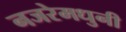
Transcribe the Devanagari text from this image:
नजरेमधुनी